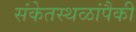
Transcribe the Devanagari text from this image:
संकेतस्थळांपैकी